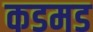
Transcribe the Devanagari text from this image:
कडमड